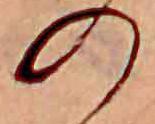
の